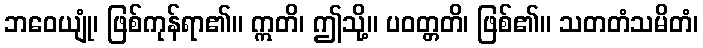
ဘဝေယျုံ၊ ဖြစ်ကုန်ရာ၏။ ဣတိ၊ ဤသို့။ ပဝတ္တတိ၊ ဖြစ်၏။ သတတံသမိတံ၊